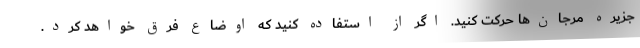
جزیره مرجان‌ها حرکت کنید. اگر از استفاده کنید که اوضاع فرق خواهد کرد.